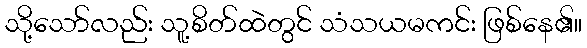
သို့သော်လည်း သူ့စိတ်ထဲတွင် သံသယမကင်း ဖြစ်နေ၏။